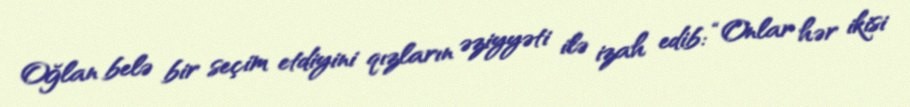
Oğlan belə bir seçim etdiyini qızların əziyyəti ilə izah edib: “Onlar hər ikisi